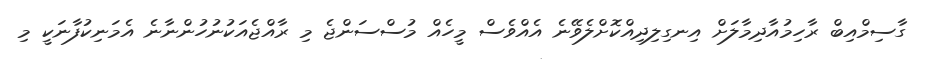
ގާސިމްއިބް ރާހިމުއާދިމާލަށް އިނގިލިދިއްކޮށްލެވޭނެ އެއްވެސް މީހެއް މުސްސަންޖެ މި ރާއްޖެއަކުނުހުންނާނެ އެމަނިކުފާނަކީ މި